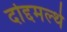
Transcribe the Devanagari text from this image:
दोद्दमल्थे